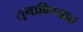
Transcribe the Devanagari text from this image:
सुनाविण्यात